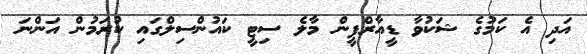
އަދި އެ ކަމުގެ ޝަކުވާ ޑީއާރްޕީން މާލެ ސިޓީ ކައުންސިލްގައި ކުރަމުން އަންނަ